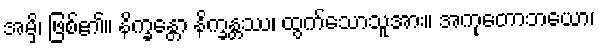
အမှိ၊ ဖြစ်၏။ နိက္ခန္တော နိက္ခန္တဿ၊ ထွက်သောသူအား။ အကုတောဘယော၊